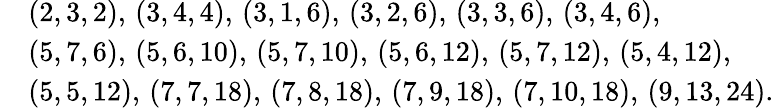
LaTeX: \begin{array}{rl}&{(2,3,2),\, (3,4,4),\, (3,1,6),\, (3,2,6),\, (3,3,6),\, (3,4,6),}\\ &{(5,7,6),\, (5,6,10),\, (5,7,10),\, (5,6,12),\, (5,7,12),\, (5,4,12),}\\ &{(5,5,12),\, (7,7,18),\, (7,8,18),\, (7,9,18),\, (7,10,18),\, (9,13,24).}\end{array}